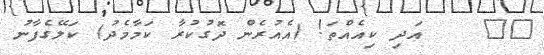
١٢    އަދި ކިއެއްތަ! (އެއުރެން ދޮގުކުރާ ކަމާމެދު) ކަލޭގެފާނު